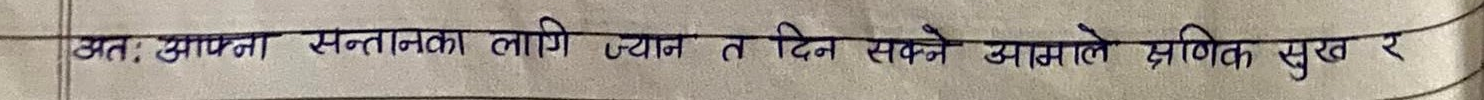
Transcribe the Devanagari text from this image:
अतः : आफ्ना सन्तानका लागि ज्यान त दिन सक्ने आमाले प्रणित सुख र